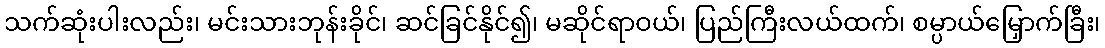
သက်ဆုံးပါးလည်း၊ မင်းသားဘုန်းခိုင်၊ ဆင်ခြင်နိုင်၍၊ မဆိုင်ရာဝယ်၊ ပြည်ကြီးလယ်ထက်၊ စမ္ပာယ်မြှောက်ခြီး၊